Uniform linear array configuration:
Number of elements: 8
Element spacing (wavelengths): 0.75
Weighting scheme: hamming
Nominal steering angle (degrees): -60
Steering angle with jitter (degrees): -58.5
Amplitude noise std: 0.05
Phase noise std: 0.05

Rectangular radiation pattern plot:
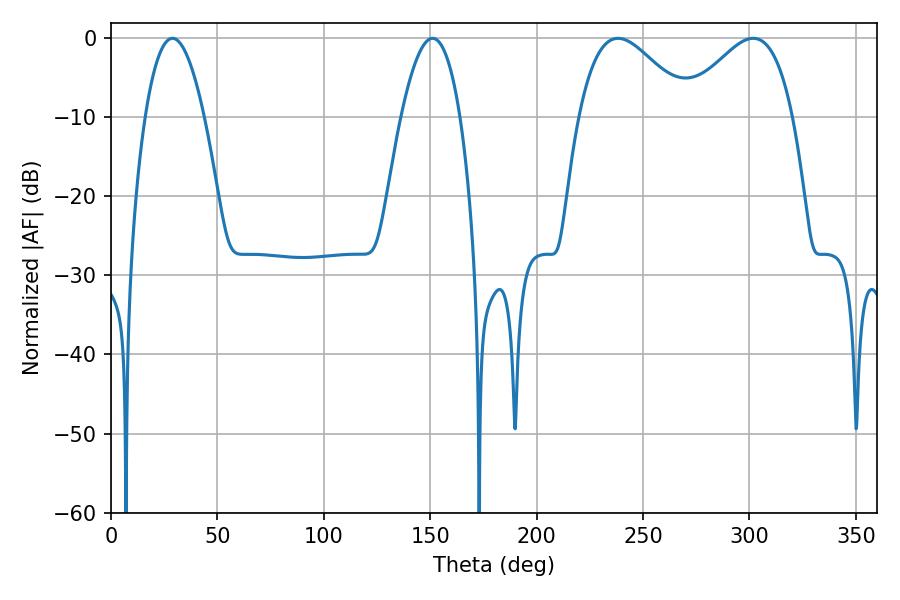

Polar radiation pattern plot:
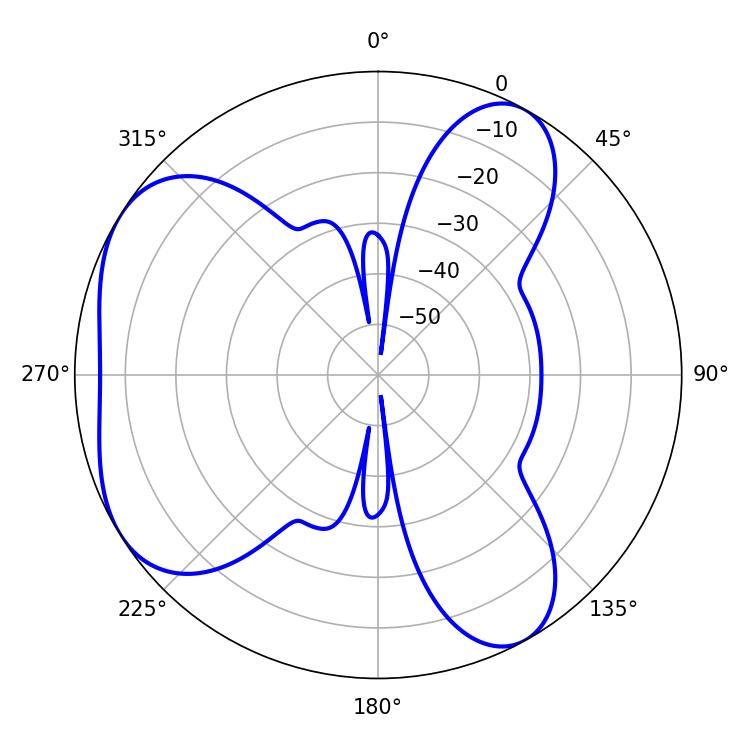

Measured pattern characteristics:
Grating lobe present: TRUE
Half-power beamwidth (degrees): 28.08
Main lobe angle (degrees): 301.68